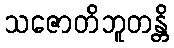
သဇောတိဘူတန္တိ